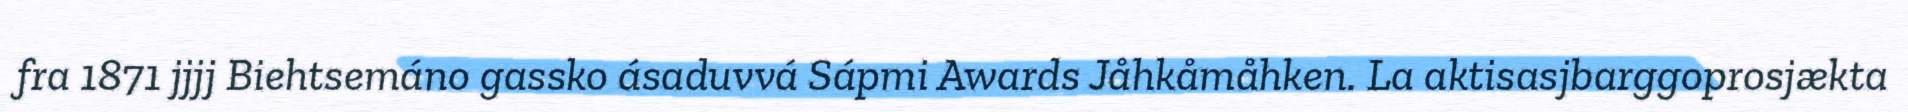
fra 1871 jjjj Biehtsemáno gassko ásaduvvá Sápmi Awards Jåhkåmåhken. La aktisasjbarggoprosjækta